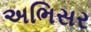
અભિસર